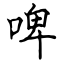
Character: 啤